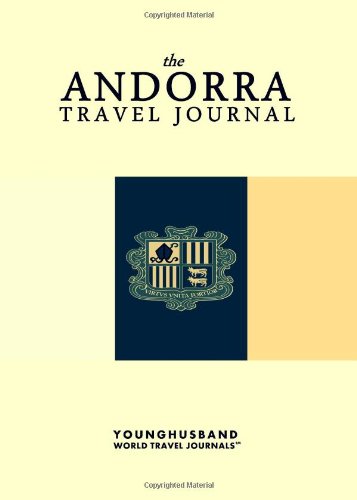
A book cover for The Andorra Travel Journal; Younghusband World Travel Journals; Travel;